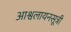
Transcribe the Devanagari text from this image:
आश्वलायनसूत्री